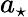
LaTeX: a_{\star}